Annual administration report of the Civil Veterinary Department of India - 1898-1899
Year: 1898
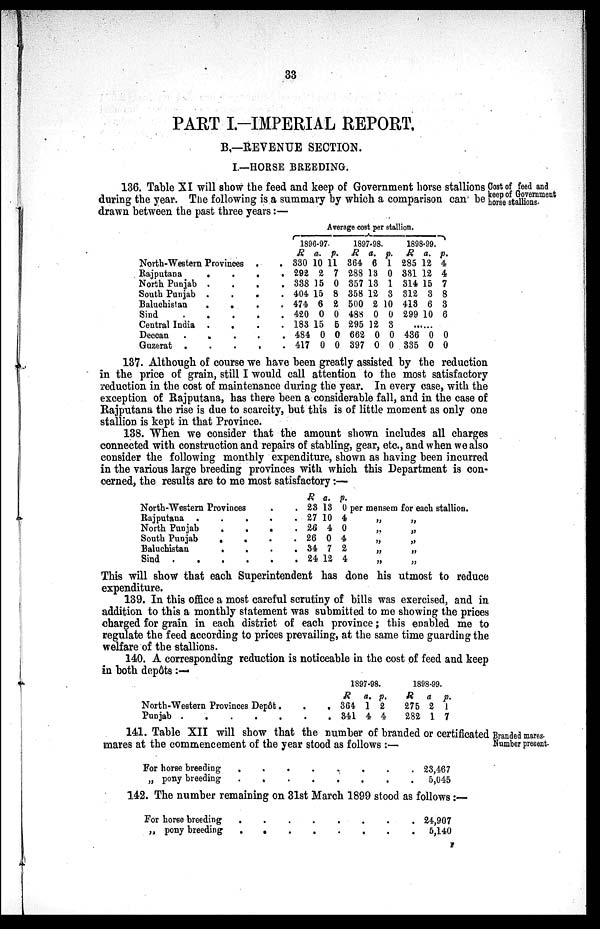
33
PART I.-IMPERIAL REPORT.
B.—REVENUE SECTION.
I.—HORSE BREEDING.
Cost of feed and
keep of Government
horse stallions.
136. Table XI will show the feed and keep of Government horse stallions
during the year. The following is a summary by which a comparison can be
drawn between the past three years:—
North-Western
Provinces..
Rajputana
.
.
.
.
North Punjab
.
.
.
.
South Punjab
.
.
.
.
Baluchistan
.
.
.
.
Sind
.
.
.
.
.
Central India
.
.
.
.
Deccan
.
.
.
.
.
Guzerat
.
.
.
.
.
Average cost per stallion.
1896-97.
R
330
292
338
404
474
420
183
484
417
a.
10
2
15
15
6
0
15
0
0
p.
11
7
0
8
2
0
5
0
0
1897-98.
R
364
288
357
358
500
488
295
662
397
a.
6
13
13
12
2
0
12
0
0
p.
1
0
1
3
10
0
3
0
0
1898-99.
R
285
331
314
312
413
299
...
436
335
a.
12
12
15
3
6
10
...
0
0
p.
4
4
7
8
3
6
...
0
0
137. Although of course we have been greatly assisted by the reduction
in the price of grain, still I would call attention to the most satisfactory
reduction in the cost of maintenance during the year. In every case, with the
exception of Rajputana, has there been a considerable fall, and in the case of
Rajputana the rise is due to scarcity, but this is of little moment as only one
stallion is kept in that Province.
138. When we consider that the amount shown includes all charges
connected with construction and repairs of stabling, gear, etc., and when we also
consider the following monthly expenditure, shown as having been incurred
in the various large breeding provinces with which this Department is con-
cerned, the results are to me most satisfactory:—
North-Western Provinces . .
Rajputana . . . .
North Punjab . . .
South Punjab . . .
Baluchistan
.
.
.
Sind
.
.
.
.
.
R
23
27
26
26
34
24
a.
13
10
4
0
7
12
p.
0 per mensem for each stallion.
4
„
„
0
„
„
4
„
„
2
„
„
4
„
„
This will show that each Superintendent has done his utmost to reduce
expenditure.
139. In this office a most careful scrutiny of bills was exercised, and in
addition to this a monthly statement was submitted to me showing the prices
charged for grain in each district of each province; this enabled me to
regulate the feed according to prices prevailing, at the same time guarding the
welfare of the stallions.
140. A corresponding reduction is noticeable in the cost of feed and keep
in both depôts:—
North-Western Provinces
Depôt...
Punjab
.
.
.
.
...
1897-98.
R
364
341
a.
1
4
p.
2
4
1898-99.
R
275
282
a
2
1
p.
1
7
Branded mares
Number present.
141. Table XII will show that the number of branded or certificated
mares at the commencement of the year stood as follows:—
For horse breeding
„ Pony breeding
.
.
.
.
.
.
.
.
.
.
.
.
.
.
.
.
23,467
5,045
142. The number remaining on 31st March 1899 stood as follows:—
For horse breeding
„ pony breeding
.
.
.
.
.
.
.
.
.
.
.
.
.
.
.
.
24,907
5,140
1